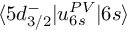
\langle 5 d _ { 3 / 2 } ^ { - } | u _ { 6 s } ^ { P V } | 6 s \rangle